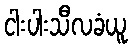
ငါးပါးသီလခံယူ